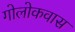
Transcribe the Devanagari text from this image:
गोलोकवास